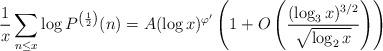
LaTeX: \begin{align*}\frac 1x \sum_{n \le x} \log P^{\left(\frac 12 \right)}(n) = A(\log x)^{\varphi'} \left(1+O\left(\frac{(\log_3 x)^{3/2}}{\sqrt{\log_2 x}}\right)\right)\end{align*}